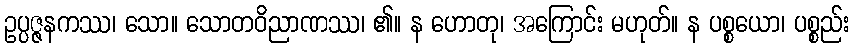
ဥပ္ပဇ္ဇနကဿ၊ သော။ သောတဝိညာဏဿ၊ ၏။ န ဟောတု၊ အကြောင်း မဟုတ်။ န ပစ္စယော၊ ပစ္စည်း